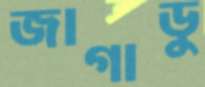
জাগাডু